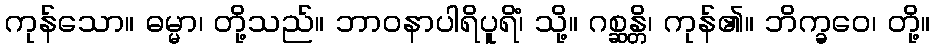
ကုန်သော။ ဓမ္မာ၊ တို့သည်။ ဘာဝနာပါရိပူရိံ၊ သို့။ ဂစ္ဆန္တိ၊ ကုန်၏။ ဘိက္ခဝေ၊ တို့။